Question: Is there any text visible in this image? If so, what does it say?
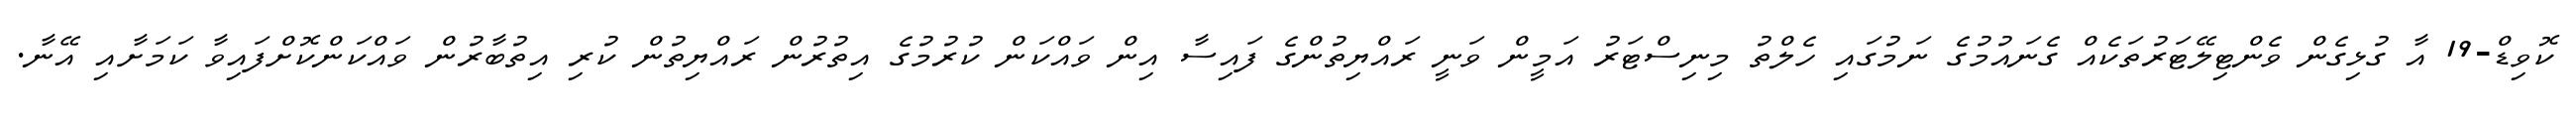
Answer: ކޮވިޑް-19 އާ ގުޅިގެން ވެންޓިލޭޓަރުތަކެއް ގެނައުމުގެ ނަމުގައި ހެލްތު މިނިސްޓަރު އަމީން ވަނީ ރައްޔިތުންގެ ފައިސާ އިން ވައްކަން ކުރުމުގެ އިތުރުން ރައްޔިތުން ކުރި އިތުބާރުން ވައްކަންކޮށްފައިވާ ކަމަށާއި އޭނާ.